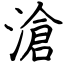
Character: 滄